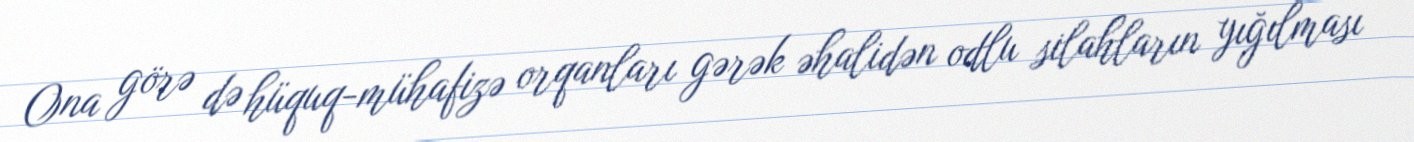
Ona görə də hüquq-mühafizə orqanları gərək əhalidən odlu silahların yığılması